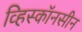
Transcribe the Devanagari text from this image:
व्हिस्कॉनसीन